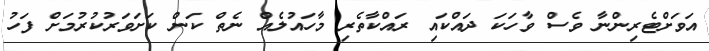
އަވަށްޓެރިންނާ ވެސް ވާހަކަ ދައްކައި ރައްކާތެރި މާހައުލެއް ނެތް ކަން ކަށަވަރުކުރުމަށް ފަހު